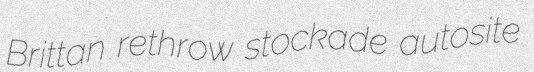
Brittan rethrow stockade autosite